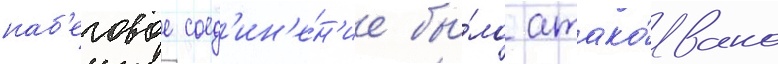
наб'еговое соед'ин'е́н'ие бы́ло атако́вано